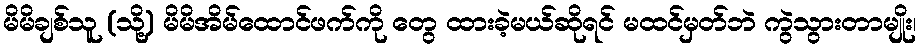
မိမိချစ်သူ (သို့) မိမိအိမ်ထောင်ဖက်ကို တွေ ထားခဲ့မယ်ဆိုရင် မထင်မှတ်ဘဲ ကွဲသွားတာမျိုး၊